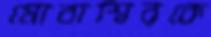
মোবাশ্বিরকে